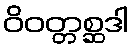
ဝိဝတ္တစ္ဆဒါ